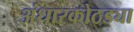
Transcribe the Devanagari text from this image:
अंधारकोठड्या